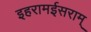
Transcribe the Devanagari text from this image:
इहरामईसराम्